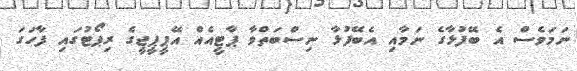
ނަމަވެސް އެ ބޭފުޅާގެ ނަމާއި އެބޭފުޅާ ނިސްބަތްވާ ޕާޓީއެއް އޭޕީޕީޖީގެ ރިޕޯޓުގައި ފާހަގަ